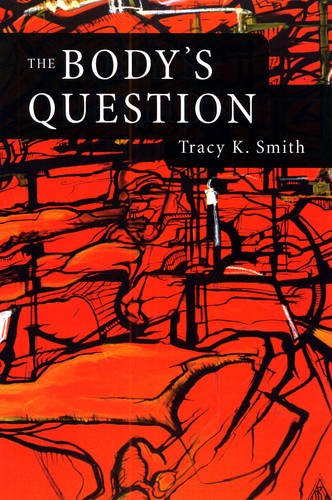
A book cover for The Body's Question: Poems; Tracy K. Smith; Literature & Fiction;